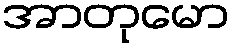
အာတုမော